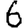
Digit: 6